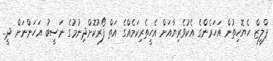
ޕްލީޒް ހެޔޮހިތުން އަހަރެންގެ އެކުވެރިޔާއަށް އެހީތެރިކަމެއްގެ އަތް ފޯރުކޮށްދިނުމުގެ ނަސީބު އަހަންނަށް ދީ..